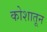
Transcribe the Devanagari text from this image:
कोशातून